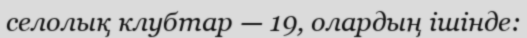
селолық клубтар — 19, олардың ішінде: